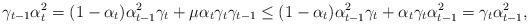
\begin{align*}\gamma_{t-1}\alpha_t^2=(1-\alpha_t)\alpha_{t-1}^2\gamma_t+\mu\alpha_t\gamma_t\gamma_{t-1}\leq(1-\alpha_t)\alpha_{t-1}^2\gamma_t+\alpha_t\gamma_t\alpha_{t-1}^2=\gamma_t\alpha_{t-1}^2,\end{align*}